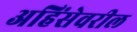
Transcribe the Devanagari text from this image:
अहिंसेवरील